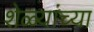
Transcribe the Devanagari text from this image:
शेळ्यांच्या